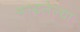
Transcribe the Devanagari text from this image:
फाडलेल्या